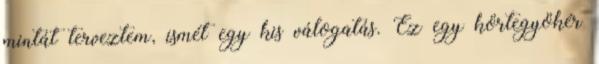
mintát terveztem, ismét egy kis válogatás. Ez egy körtegyökér